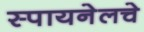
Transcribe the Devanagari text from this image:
स्पायनेलचे